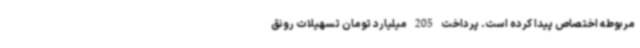
مربوطه اختصاص پیدا کرده است. پرداخت 205 میلیارد تومان تسهیلات رونق